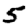
Digit: 5